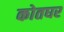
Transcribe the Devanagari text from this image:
कोतघर